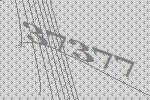
37377